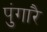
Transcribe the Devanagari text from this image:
पुंगारै